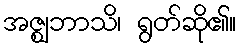
အဇ္ဈဘာသိ၊ ရွတ်ဆို၏။